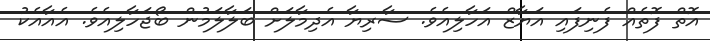
އޮތް ފޮތެއް ފެނިފައި އަޔާޒް އަހާލިއެވެ. ސާރިޔާ އެދިމާލަށް ބަލާލަމުން ބޯޖަހާލިއެވެ. އެއާއެކު